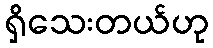
ရှိသေးတယ်ဟု